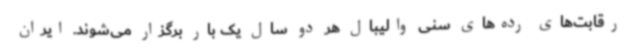
رقابت‌های رده‌های سنی والیبال هر دو سال یک بار برگزار می‌شوند. ایران